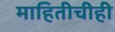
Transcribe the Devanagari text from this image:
माहितीचीही